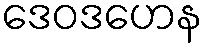
ဒေဝဒဟေန